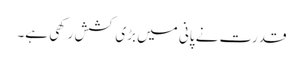
قدرت نے پانی میں بڑی کشش رکھی ہے۔